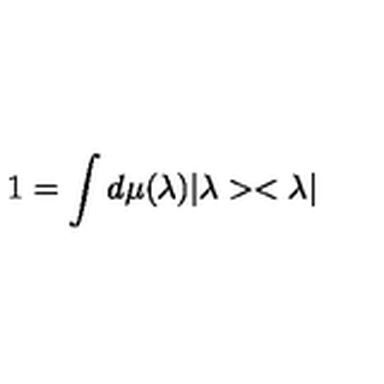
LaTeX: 1 = \int d \mu ( \lambda ) | \lambda > < \lambda |